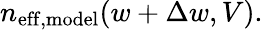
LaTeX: n_{\mathrm{eff,model}}(w+\Delta w,V).